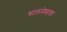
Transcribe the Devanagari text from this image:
धालनेवाला